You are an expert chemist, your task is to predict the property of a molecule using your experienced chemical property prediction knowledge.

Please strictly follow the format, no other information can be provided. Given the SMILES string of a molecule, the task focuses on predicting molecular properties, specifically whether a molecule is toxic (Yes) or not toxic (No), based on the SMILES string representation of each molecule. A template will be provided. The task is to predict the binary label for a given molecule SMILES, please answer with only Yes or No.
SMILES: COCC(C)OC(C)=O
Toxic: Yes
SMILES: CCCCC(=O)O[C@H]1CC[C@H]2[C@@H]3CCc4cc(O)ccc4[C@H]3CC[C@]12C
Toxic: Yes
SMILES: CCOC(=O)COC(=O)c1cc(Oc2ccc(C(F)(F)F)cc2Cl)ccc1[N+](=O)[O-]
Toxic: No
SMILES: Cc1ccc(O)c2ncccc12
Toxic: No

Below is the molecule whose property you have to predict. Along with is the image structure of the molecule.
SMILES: Cc1c(N(C)CS(=O)(=O)[O-])c(=O)n(-c2ccccc2)n1C
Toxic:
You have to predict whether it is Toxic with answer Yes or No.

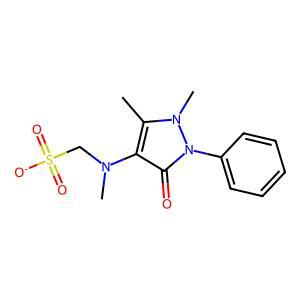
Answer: No